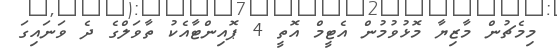
މިމެޗުން މާޒިޔާ މޮޅުވުމުން އެޓީމް އޮތީ 4 ޕޮއިންޓާއެކު ތާވަލްގެ ދެ ވަނައިގަ